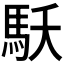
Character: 𩡻